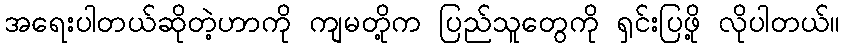
အရေးပါတယ်ဆိုတဲ့ဟာကို ကျမတို့က ပြည်သူတွေကို ရှင်းပြဖို့ လိုပါတယ်။